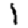
Digit: 1